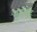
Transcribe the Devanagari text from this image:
मुठभ़ेड